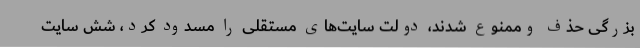
بزرگی حذف وممنوع شدند، دولت سایت‌های مستقلی را مسدود کرد، شش سایت